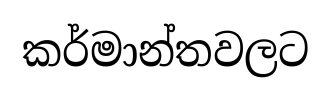
කර්මාන්තවලට